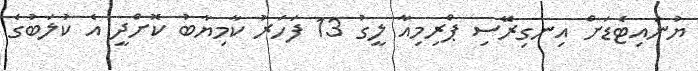
ޔުނައިޓެޑަށް އިނގިރޭސި ޕްރިމިއާ ލީގު 13 ފަހަރު ކާމިޔާބު ކޮށްދީ އެ ކުލަބުގެ